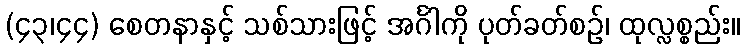
(၄၃၊၄၄) စေတနာနှင့် သစ်သားဖြင့် အင်္ဂါကို ပုတ်ခတ်စဉ်၊ ထုလ္လစ္စည်း။